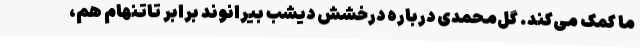
ما کمک می‌کند. گل‌محمدی درباره درخشش دیشب بیرانوند برابر تاتنهام هم،